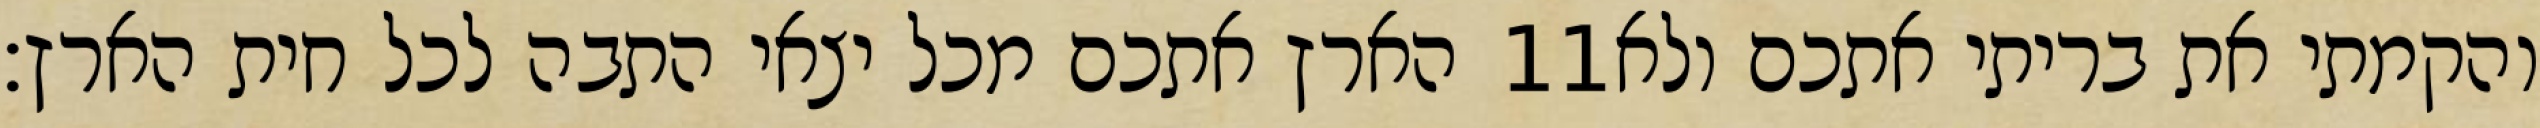
הארץ אתכם מכל יצאי התבה לכל חית הארץ׃ ‎11‏ והקמתי את בריתי אתכם ולא